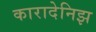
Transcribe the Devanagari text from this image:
कारादेनिझ